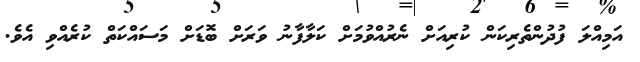
އަމިއްލަ ފުދުންތެރިކަން ކުރިއަށް ނެރުއްވުމަށް ކަލާފާނު ވަރަށް ބޮޑަށް މަސައްކަތް ކުރެއްވި އެވެ.